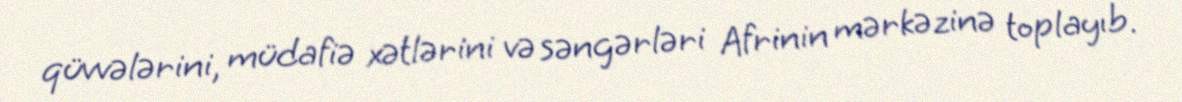
qüvvələrini, müdafiə xətlərini və səngərləri Afrinin mərkəzinə toplayıb.